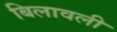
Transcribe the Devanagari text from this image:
बिलावली